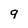
Character: 9